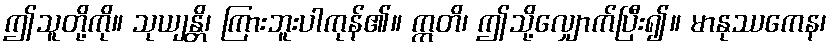
ဤသူတို့ကို။ သုယျန္တိ၊ ကြားဘူးပါကုန်၏။ ဣတိ၊ ဤသို့လျှောက်ပြီး၍။ မာနုဿကေန၊